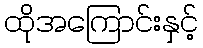
ထိုအကြောင်းနှင့်